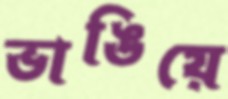
ভাঙিয়ে